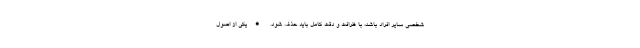
شخصی سایر افراد باشد، با ظرافت و دقت کامل باید حذف شود. •‌یکی از اصول